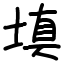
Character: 填